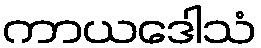
ကာယဒေါသံ